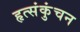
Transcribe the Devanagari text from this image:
हृत्संकुंचन